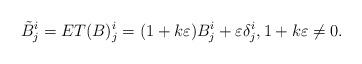
LaTeX: \begin{align*}\tilde{B}^i_j = ET(B)^i_j= (1+k \varepsilon) B^i_j + \varepsilon\delta^i_j, 1+k\varepsilon \neq 0.\end{align*}